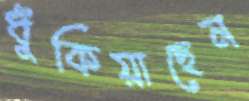
ধুঁকিয়াছেন